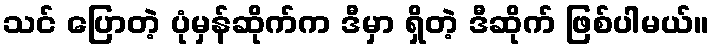
သင် ပြောတဲ့ ပုံမှန်ဆိုက်က ဒီမှာ ရှိတဲ့ ဒီဆိုက် ဖြစ်ပါမယ်။